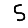
Digit: 5